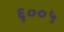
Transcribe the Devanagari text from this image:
६००५